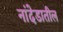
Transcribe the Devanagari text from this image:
नांदेडातील